Reports on military cantonments and civil stations in the Presidency of Bombay inspected by the Sanitary Commissioner in the years 1875 and 1876
Year: 1875
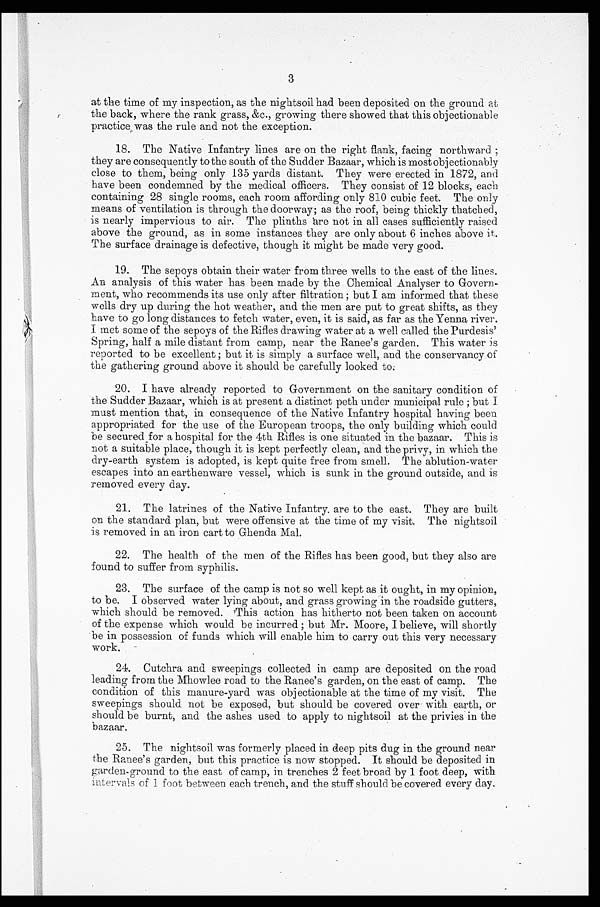
3
at the time of my inspection, as the nightsoil had been deposited on the ground at
the back, where the rank grass, &c., growing there showed that this objectionable
practice was the rule and not the exception.
18. The Native Infantry lines are on the right flank, facing northward;
they are consequently to the south of the Sudder Bazaar, which is most objectionably
close to them, being only 135 yards distant. They were erected in 1872, and
have been condemned by the medical officers. They consist of 12 blocks, each
containing 28 single rooms, each room affording only 810 cubic feet. The only
means of ventilation is through the doorway; as the roof, being thickly thatched,
is nearly impervious to air. The plinths hre not in all cases sufficiently raised
above the ground, as in some instances they are only about 6 inches above it.
The surface drainage is defective, though it might be made very good.
19. The sepoys obtain their water from three wells to the east of the lines.
An analysis of this water has been made by the Chemical Analyser to Govern-
ment, who recommends its use only after filtration; but I am informed that these
wells dry up during the hot weather, and the men are put to great shifts, as they
have to go long distances to fetch water, even, it is said, as far as the Yenna river.
I
met some of the sepoys of the Rifles drawing water at a well called the Purdesis'
Spring, half a mile distant from camp, near the Ranee's garden. This water is
reported to be excellent; but it is simply a surface well, and the conservancy of
the gathering ground above it should be carefully looked to.
20. I have already reported to Government on the sanitary condition of
the Sudder Bazaar, which is at present a distinct peth under municipal rule; but I
must mention that, in consequence of the Native Infantry hospital having been
appropriated for the use of the European troops, the only building which could
be secured for a hospital for the 4th Rifles is one situated in the bazaar. This is
not a suitable place, though it is kept perfectly clean, and the privy, in which the
dry-earth system is adopted, is kept quite free from smell. The ablution-water
escapes into an earthenware vessel, which is sunk in the ground outside, and is
removed every day.
21.
The latrines of the Native Infantry are to the east. They are built
on the standard plan, but were offensive at the time of my visit. The nightsoil
is removed in an iron cart to Ghenda Mal.
22. The health of the men of the Rifles has been good, but they also are
found to suffer from syphilis.
•
23. The surface of the camp is not so well kept as it ought, in my opinion,
to be. I observed water lying about, and grass growing in the roadside gutters,
which should be removed. This action has hitherto not been taken on account
of the expense which would be incurred; but Mr. Moore, I believe, will shortly
be in possession of funds which will enable him to carry out this very necessary
work.
24.
Cutchra and sweepings collected in camp are deposited on the road
leading from the Mhowlee road to the Ranee's garden, on the east of camp. The
condition of this manure-yard was objectionable at the time of my visit. The
sweepings should not be exposed, but should be covered over with earth, or
should be burnt, and the ashes used to apply to nightsoil at the privies in the
bazaar.
25. The nightsoil was formerly placed in deep pits dug in the ground near
the Ranee's garden, but this practice is now stopped. It should be deposited in
garden-ground to the east of camp, in trenches 2 feet broad by 1 foot deep, with
intervals of 1 foot between each trench, and the stuff should be covered every day.